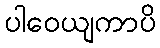
ပါဝေယျကာပိ